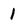
Character: 1